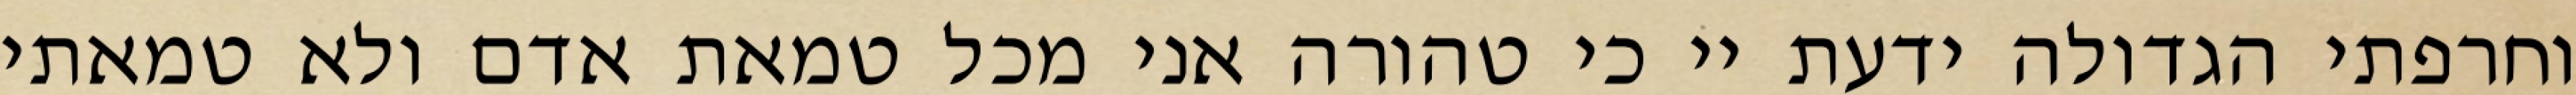
וחרפתי הגדולה ידעת יי כי טהורה אני מכל טמאת אדם ולא טמאתי